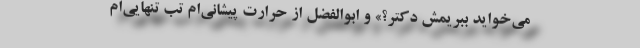
می‌خواید ببریمش دکتر؟» و ابوالفضل از حرارت پیشانی‌ام تب تنهایی‌ام